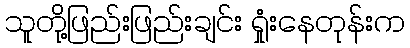
သူတို့ဖြည်းဖြည်းချင်း ရှုံးနေတုန်းက